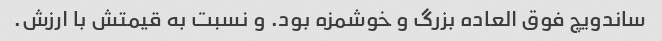
ساندویچ فوق العاده بزرگ و خوشمزه بود. و نسبت به قیمتش با ارزش.